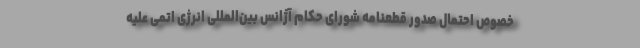
خصوص احتمال صدور قطعنامه شورای حکام آژانس بین‌المللی انرژی اتمی علیه